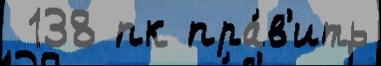
 138 пк пра́в'ить